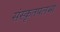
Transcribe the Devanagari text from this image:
संस्कृतपलभा